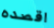
اقصده